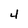
Character: 4